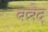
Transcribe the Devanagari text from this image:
बन्नेद